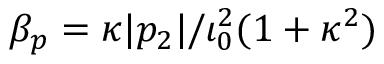
\beta _ { p } = \kappa | p _ { 2 } | / \iota _ { 0 } ^ { 2 } ( 1 + \kappa ^ { 2 } )